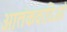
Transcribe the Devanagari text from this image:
आतंकवादिओं